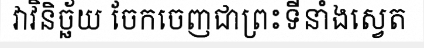
វាវិនិច្ឆ័យ ចែកចេញជាព្រះទីនាំងស្វេត